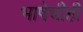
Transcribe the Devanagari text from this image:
भाषेचीही